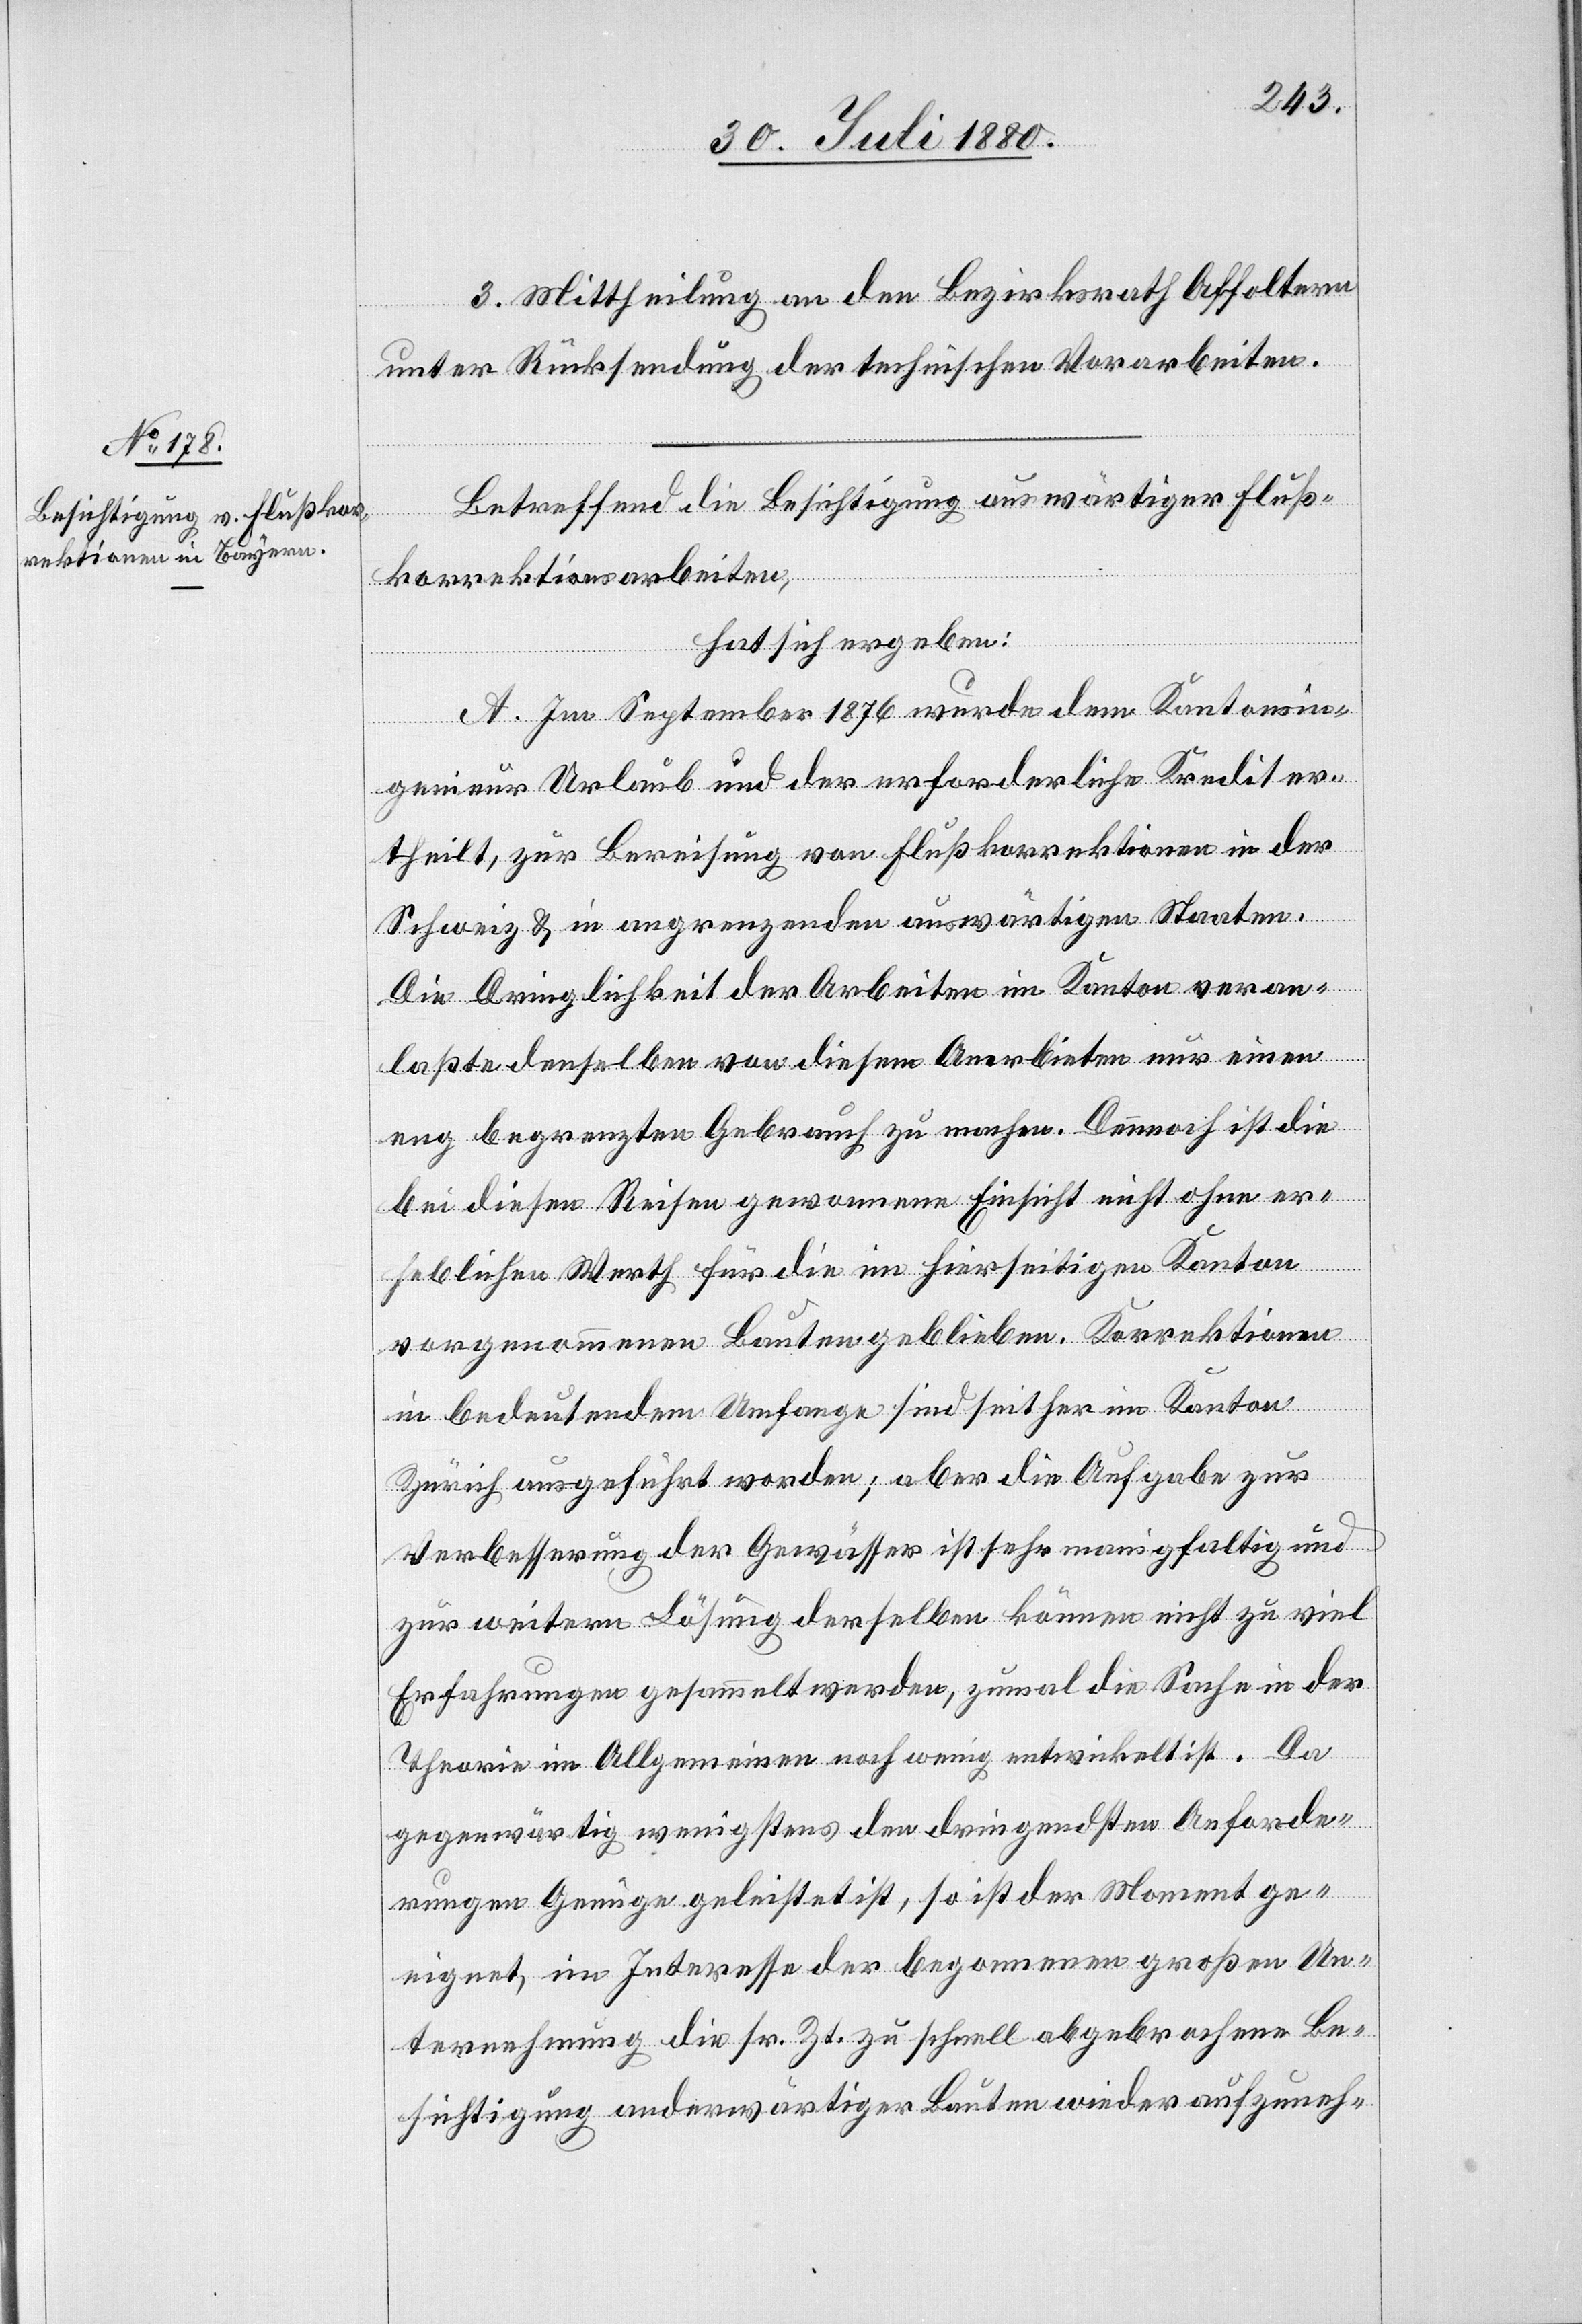
3. Mittheilung an den Bezirksrath Affoltern
unter Rücksendung der technischen Vorarbeiten.
Betreffend die Besichtigung auswärtiger Fluß¬
korrektionsarbeiten,
hat sich ergeben:
A. Im September 1876 wurde dem Kantonsin¬
genieur Urlaub und der erforderliche Kredit er¬
theilt, zur Bereisung von Flußkorrektionen in der
Schweiz & in angrenzenden auswärtigen Staaten.
Die Dringlichkeit der Arbeiten im Kanton veran¬
laßte denselben von diesem Anerbieten nur einen
eng begrenzten Gebrauch zu machen. Dennoch ist die
bei diesen Reisen gewonnene Einsicht nicht ohne er¬
heblichen Werth für die im hierseitigen Kanton
vorgenommenen Bauten geblieben. Korrektionen
in bedeutendem Umfange sind seither im Kanton
Zürich ausgeführt worden; aber die Aufgabe zur
Verbesserung der Gewässer ist sehr manigfaltig und
zur weitern Lösung derselben können nicht zu viel
Erfahrungen gesammelt werden, zumal die Sache in der
Theorie im Allgemeinen noch wenig entwickelt ist. Da
gegenwärtig wenigstens den dringendsten Anforde¬
rungen Genüge geleistet ist, so ist der Moment ge¬
eignet, im Interesse der begonnenen großen Un¬
ternehmung die sr. Zt. zu schnell abgebrochene Be¬
sichtigung anderwärtiger Bauten wieder aufzuneh-